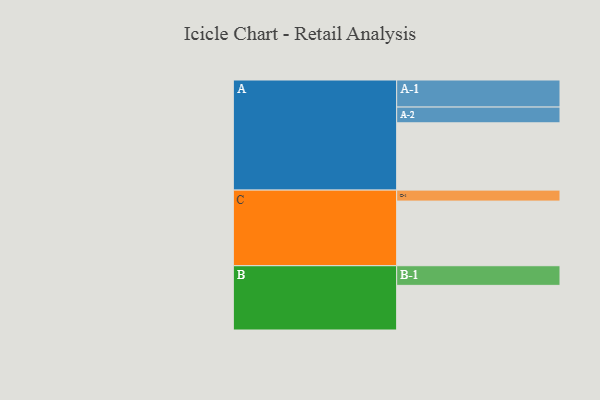
{"axis": {"x": "Segment", "y": "Value"}, "legend": ["", "A", "B", "C"], "data": [{"x": "A", "y": 552, "type": ""}, {"x": "B", "y": 366, "type": ""}, {"x": "C", "y": 530, "type": ""}, {"x": "A-1", "y": 222, "type": "A"}, {"x": "A-2", "y": 129, "type": "A"}, {"x": "B-1", "y": 161, "type": "B"}, {"x": "C-1", "y": 90, "type": "C"}]}